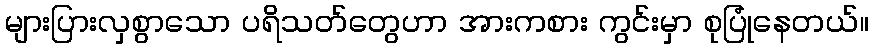
များပြားလှစွာသော ပရိသတ်တွေဟာ အားကစား ကွင်းမှာ စုပြုံနေတယ်။